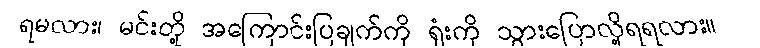
ရမလား၊ မင်းတို့ အကြောင်းပြချက်ကို ရုံးကို သွားပြောလို့ရရလား။